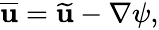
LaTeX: \begin{array}{r}{\overline{{\textbf{u}}}=\widetilde{\textbf{u}}-\nabla\psi,}\end{array}